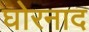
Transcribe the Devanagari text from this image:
घोरनाद